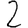
Digit: 2